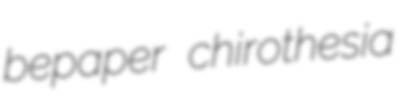
bepaper chirothesia